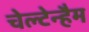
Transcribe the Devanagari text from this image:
चेल्टेन्हैम